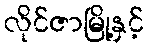
လိုင်ဇာမြို့နှင့်